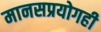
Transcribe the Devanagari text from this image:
मानसप्रयोगही